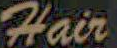
Hair